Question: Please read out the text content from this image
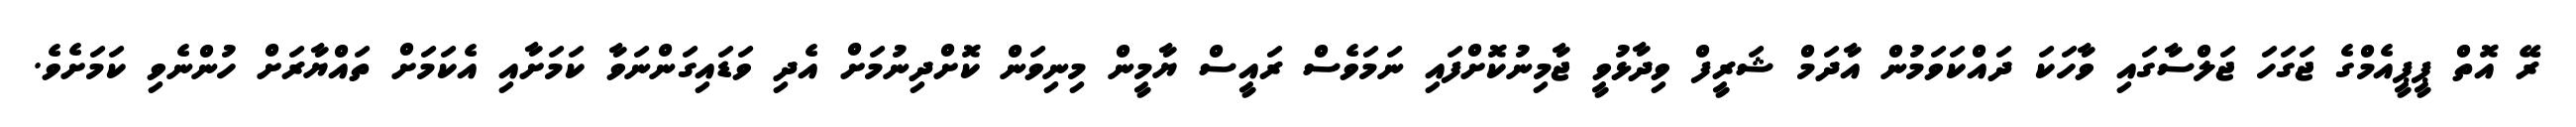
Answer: ރޭ އޮތް ޕީޕީއެމްގެ ޖަގަހަ ޖަލްސާގައި ވާހަކަ ދައްކަވަމުން އާދަމް ޝަރީފް ވިދާޅުވީ ޖާމިނުކޮށްފައި ނަމަވެސް ރައީސް ޔާމީން މިނިވަން ކޮށްދިނުމަށް އެދި ވަޑައިގަންނަވާ ކަމަށާއި އެކަމަށް ތައްޔާރަށް ހުންނެވި ކަމަށެވެ.